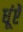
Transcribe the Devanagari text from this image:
धूंऐं